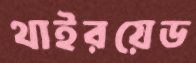
থাইরয়েড